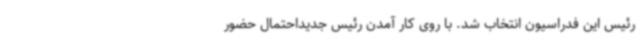
رئیس این فدراسیون انتخاب شد. با روی کار آمدن رئیس جدیداحتمال حضور